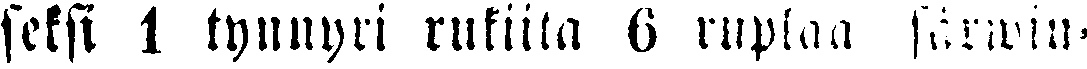
seksi 1 tynnyri rukiita 6 ruplaa särwin-